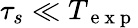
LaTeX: \tau_{s}\ll T_{\mathrm{~e~x~p~}}